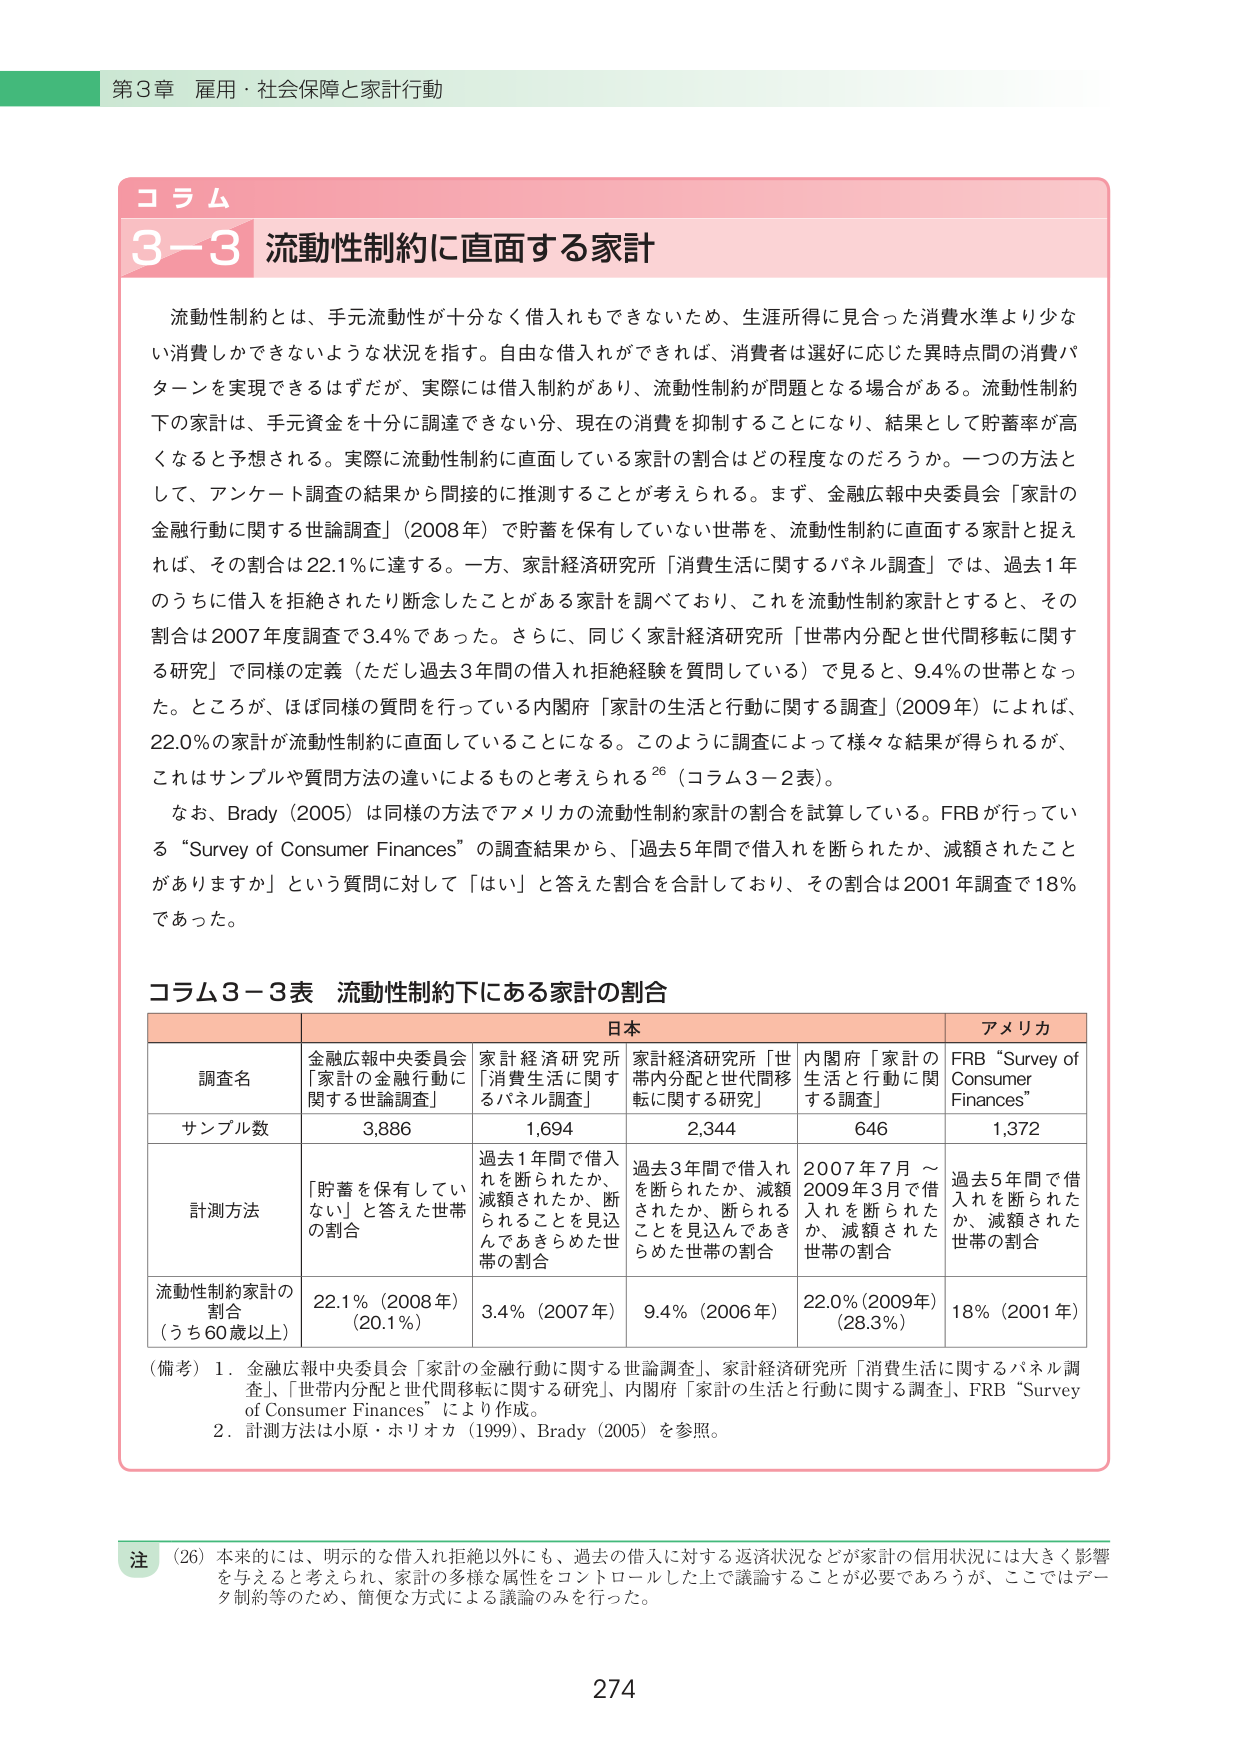
第3章 雇用・社会保障と家計行動

コラム
3-3 流動性制約に直面する家計

流動性制約とは、手元流動性が十分なく借入れもできないため、生涯所得に見合った消費水準より少ない消費しかできないような状況を指す。自由な借入れができれば、消費者は選好に応じた異時点間の消費パターンを実現できるはずだが、実際には借入制約があり、流動性制約が問題となる場合がある。流動性制約下の家計は、手元資金を十分に調達できない分、現在の消費を抑制することになり、結果として貯蓄率が高くなると予想される。実際に流動性制約に直面している家計の割合はどの程度なのだろうか。一つの方法として、アンケート調査の結果から間接的に推測することが考えられる。まず、金融広報中央委員会「家計の金融行動に関する世論調査」（2008年）で貯蓄を保有していない世帯を、流動性制約に直面する家計と捉えれば、その割合は22.1％に達する。一方、家計経済研究所「消費生活に関するパネル調査」では、過去1年のうちに借入を拒絶されたり断念したことがある家計を調べており、これを流動性制約家計とすると、その割合は2007年度調査で3.4％であった。さらに、同じく家計経済研究所「世帯内分配と世代間移転に関する研究」で同様の定義（ただし過去3年間の借入れ拒絶経験を質問している）で見ると、9.4％の世帯となった。ところが、ほぼ同様の質問を行っている内閣府「家計の生活と行動に関する調査」（2009年）によれば、22.0％の家計が流動性制約に直面していることになる。このように調査によって様々な結果が得られるが、これはサンプルや質問方法の違いによるものと考えられる26（コラム3-2表）。

なお、Brady（2005）は同様の方法でアメリカの流動性制約家計の割合を試算している。FRBが行っている“Survey of Consumer Finances”の調査結果から、「過去5年間で借入れを断られたか、減額されたことがありますか」という質問に対して「はい」と答えた割合を合計しており、その割合は2001年調査で18％であった。

コラム3-3表 流動性制約下にある家計の割合

| | 日本 | | | アメリカ |
|---|---|---|---|---|
| 調査名 | 金融広報中央委員会「家計の金融行動に関する世論調査」 | 家計経済研究所「消費生活に関するパネル調査」 | 家計経済研究所「世帯内分配と世代間移転に関する研究」 | 内閣府「家計の生活と行動に関する調査」 | FRB “Survey of Consumer Finances” |
| サンプル数 | 3,886 | 1,694 | 2,344 | 646 | 1,372 |
| 計測方法 | 「貯蓄を保有していない」と答えた世帯の割合 | 過去1年間で借入れを断られたか、減額されたか、断られることを見込んでもきらめた世帯の割合 | 過去3年間で借入れを断られたか、減額されたか、断られることを見込んでもきらめた世帯の割合 | 2007年7月～2009年3月で借入れを断られたか、減額された世帯の割合 | 過去5年間で借入れを断られたか、減額された世帯の割合 |
| 流動性制約家計の割合（うち60歳以上） | 22.1％（2008年）（20.1％） | 3.4％（2007年） | 9.4％（2006年） | 22.0％（2009年）（28.3％） | 18％（2001年） |

（備考）1．金融広報中央委員会「家計の金融行動に関する世論調査」、家計経済研究所「消費生活に関するパネル調査」、「世帯内分配と世代間移転に関する研究」、内閣府「家計の生活と行動に関する調査」、FRB “Survey of Consumer Finances” により作成。
2．計測方法は小原・ホリナカ（1999）、Brady（2005）を参照。

注（26）本来的には、明示的な借入れ拒絶以外にも、過去の借入に対する返済状況などが家計の信用状況には大きく影響を与えると考えられ、家計の多様な属性をコントロールした上で議論することが必要であろうが、ここではデータ制約等のため、簡便な方式による議論のみを行った。

274